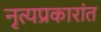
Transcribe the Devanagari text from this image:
नृत्यप्रकारांत